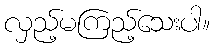
လှည့်မကြည့်သေးပါ။